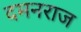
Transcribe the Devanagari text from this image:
दमनराज